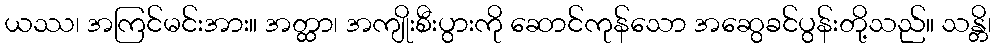
ယဿ၊ အကြင်မင်းအား။ အတ္ထာ၊ အကျိုးစီးပွားကို ဆောင်ကုန်သော အဆွေခင်ပွန်းတို့သည်။ သန္တိ၊